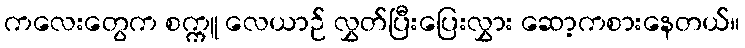
ကလေးတွေက စက္ကူ လေယာဉ် လွှတ်ပြီးပြေးလွှား ဆော့ကစားနေတယ်။